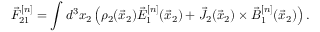
\vec { F } _ { 2 1 } ^ { [ n ] } = \int d ^ { 3 } x _ { 2 } \left( \rho _ { 2 } ( \vec { x } _ { 2 } ) \vec { E } _ { 1 } ^ { [ n ] } ( \vec { x } _ { 2 } ) + \vec { J } _ { 2 } ( \vec { x } _ { 2 } ) \times \vec { B } _ { 1 } ^ { [ n ] } ( \vec { x } _ { 2 } ) \right) .